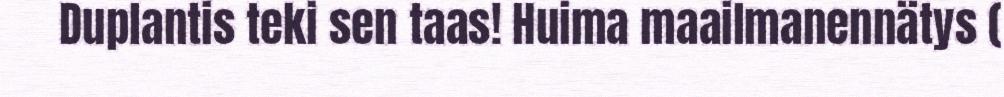
Duplantis teki sen taas! Huima maailmanennätys (